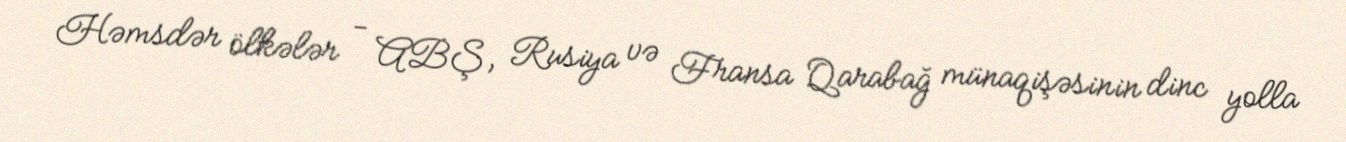
Həmsdər ölkələr - ABŞ, Rusiya və Fransa Qarabağ münaqişəsinin dinc yolla